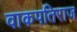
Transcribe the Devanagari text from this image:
वाकपतिराज